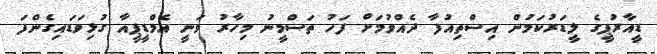
ޑީއާރުޕީގެ ލީޑަރުކަމުން އިސްތިއުފާ ދެއްވުމަށް ފަހު ތަސްމީނު މިހާރު ވަނީ އެމްޑީޕީއާ ގުޅިވަޑައިގެންފަ